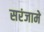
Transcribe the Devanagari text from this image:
सरंजामे